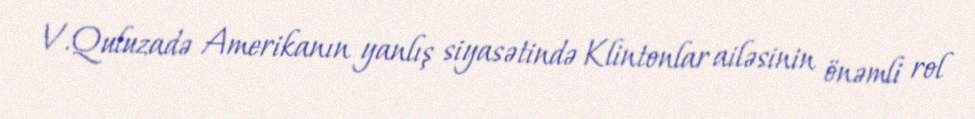
V.Quluzadə Amerikanın yanlış siyasətində Klintonlar ailəsinin önəmli rol